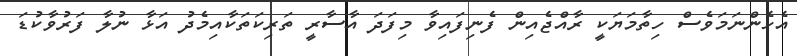
އެހެންނަމަވެސް ހިތާމަޔަކީ ރާއްޖެއިން ފެނިފައިވާ މިފަދަ އާސާރީ ތަރިކަތަކާއިމެދު އަޅާ ނުލާ ފަރުވާކުޑަ